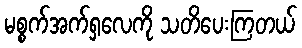
မစ္စက်အက်ရှလေကို သတိပေးကြတယ်